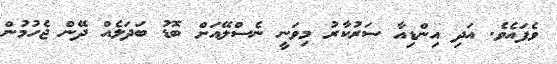
ވެފައެވެ. އަދި އިންޑިއާ ސަރުކާރު މިވަނީ ނެސްލޭއަށް ބޮޑު ބަދަލެއް ދޭން ޖެހުމުން